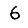
Digit: 6